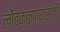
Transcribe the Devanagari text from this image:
लोंबकळण्यासाठी